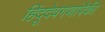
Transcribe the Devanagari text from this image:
हिंदूदेवगणांपैकी